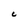
Character: C